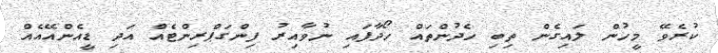
ކުރެވޭ މީހުން ލައިގެން ތިބި ހެދުންތައް ހޯދާފައި ނުވާއިރު ފިންގަޕްރިންޓެއް އަދި ޑީއެންއޭއެއް